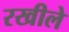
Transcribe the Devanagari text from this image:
रखीले